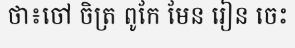
ថា៖ចៅ ចិត្រ ពូកែ មែន រៀន ចេះ